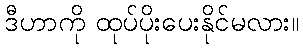
ဒီဟာကို ထုပ်ပိုးပေးနိုင်မလား။